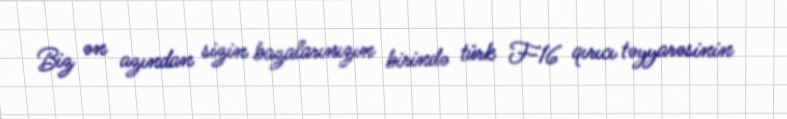
Biz ən azından sizin bazalarınızın birində türk F-16 qırıcı təyyarəsinin